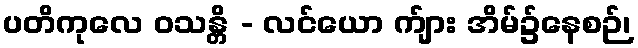
ပတိကုလေ ဝသန္တိ - လင်ယော က်ျား အိမ်၌နေစဉ်၊